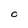
Character: C